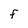
Character: F